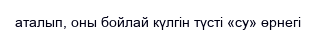
аталып, оны бойлай күлгін түсті «су» өрнегі